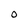
Character: O